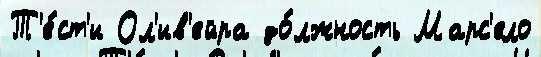
Т'е́ст'и Ол'ив'ейра до́лжность Марс'ело